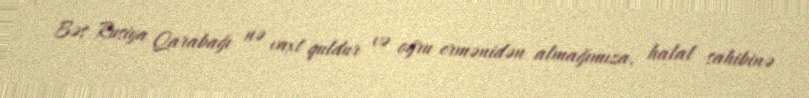
Bəs Rusiya Qarabağı nə vaxt quldur və oğru ermənidən almağımıza, halal sahibinə